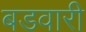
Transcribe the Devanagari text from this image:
बडवारी